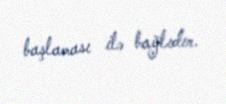
başlaması ilə bağlıdır.